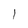
Character: l